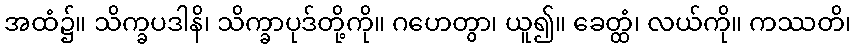
အထံ၌။ သိက္ခပဒါနိ၊ သိက္ခာပုဒ်တို့ကို။ ဂဟေတွာ၊ ယူ၍။ ခေတ္ထံ၊ လယ်ကို။ ကဿတိ၊